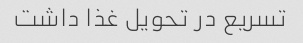
تسریع در تحویل غذا داشت